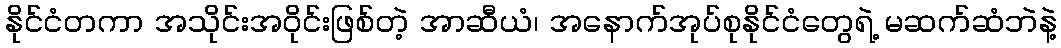
နိုင်ငံတကာ အသိုင်းအဝိုင်းဖြစ်တဲ့ အာဆီယံ၊ အနောက်အုပ်စုနိုင်ငံတွေရဲ့ မဆက်ဆံဘဲနဲ့